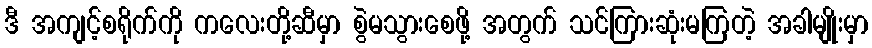
ဒီ အကျင့်စရိုက်ကို ကလေးတို့ဆီမှာ စွဲမသွားစေဖို့ အတွက် သင်ကြားဆုံးမကြတဲ့ အခါမျိုးမှာ